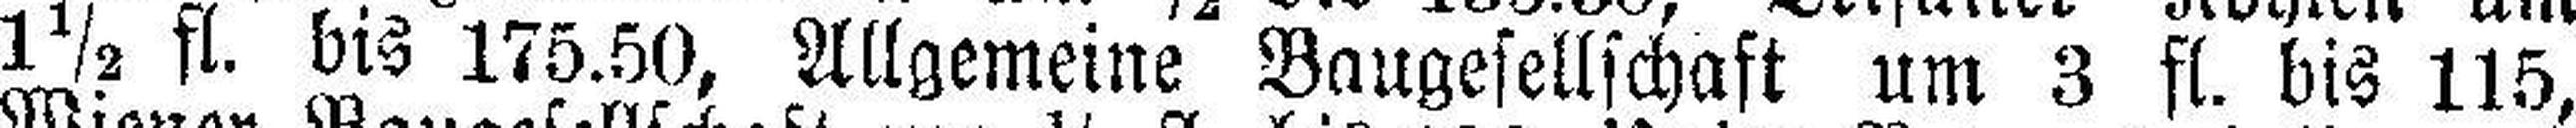
1½ fl. bis 175.50, Allgemeine Ballgesellschaft um 3 fl. bis 115,